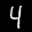
Label: 4